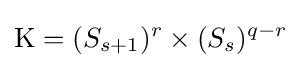
\mathrm {K} =(S_{s+1})^{r}\times (S_{s})^{q-r}